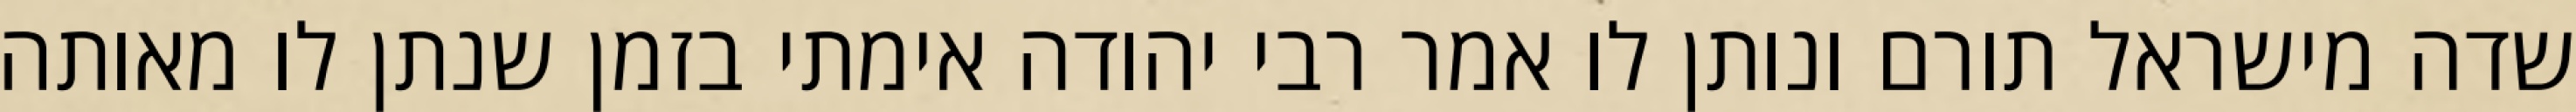
שדה מישראל תורם ונותן לו אמר רבי יהודה אימתי בזמן שנתן לו מאותה